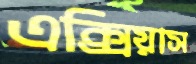
এক্সিয়াস